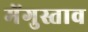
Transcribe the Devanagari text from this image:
मेंगुस्ताव